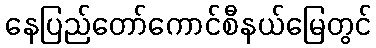
နေပြည်တော်ကောင်စီနယ်မြေတွင်